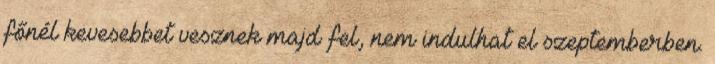
főnél kevesebbet vesznek majd fel, nem indulhat el szeptemberben.